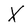
Character: X